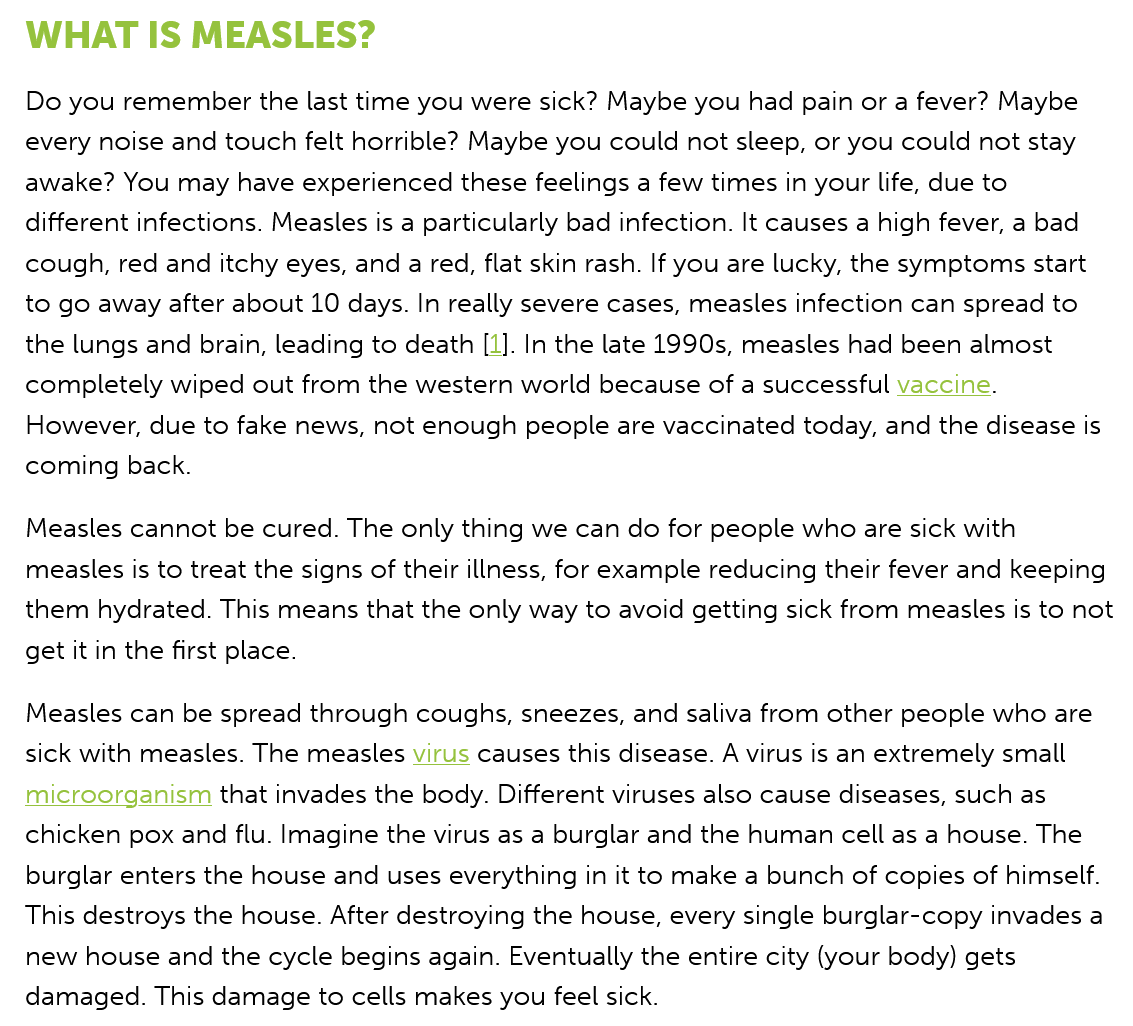
WHAT   IS    MEASLES?
   Do you remember the last time you were sick? Maybe you had pain or a fever? Maybe
  every noise and touch felt horrible? Maybe you could not sleep, or you could not stay
  awake?  You may have experienced these feelings a few times in your life, due to
  different infections. Measles is a particularly bad infection. It causes a high fever, a bad
  cough, red and itchy eyes, and a red, flat skin rash. If you are lucky, the symptoms start
  to go away after about 10 days. In really severe cases, measles infection can spread to
  the lungs and brain, leading to death [1]. In the late 1990s, measles had been almost
  completely wiped out from the western world because of a successful vaccine.
   However, due to fake news, not enough people are vaccinated today, and the disease is
  coming  back.
   Measles cannot be cured. The only thing we can do for people who are sick with
   measles is to treat the signs of their illness, for example reducing their fever and keeping
  them  hydrated. This means that the only way to avoid getting sick from measles is to not
  get it in the first place.
   Measles can be spread through coughs, sneezes, and saliva from other people who are
  sick with measles. The measles virus causes this disease. A virus is an extremely small
   microorganism that invades the body. Different viruses also cause diseases, such as

  chicken pox and flu. Imagine the virus as a burglar and the human cell as a house. The
   burglar enters the house and uses everything in it to make a bunch of copies of himself.
  This destroys the house. After destroying the house, every single burglar-copy invades a
   new house and the cycle begins again. Eventually the entire city (your body) gets
  damaged.  This damage to cells makes you feel sick.